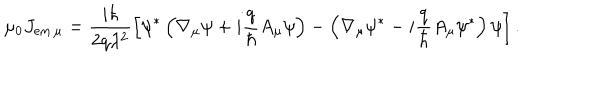
LaTeX: \mu _ { 0 } J _ { \mathrm { e m } \, \mu } = \frac { i \hbar } { 2 q \lambda ^ { 2 } } \left[ \psi ^ { * } \left( \nabla _ { \mu } \psi + i \frac { q } { \hbar } A _ { \mu } \psi \right) - \left( \nabla _ { \mu } \psi ^ { * } - i \frac { q } { \hbar } A _ { \mu } \psi ^ { * } \right) \psi \right] .